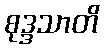
စုဒ္ဒသာတိ